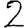
Digit: 2